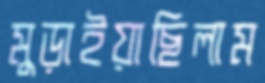
মুড়াইয়াছিলাম